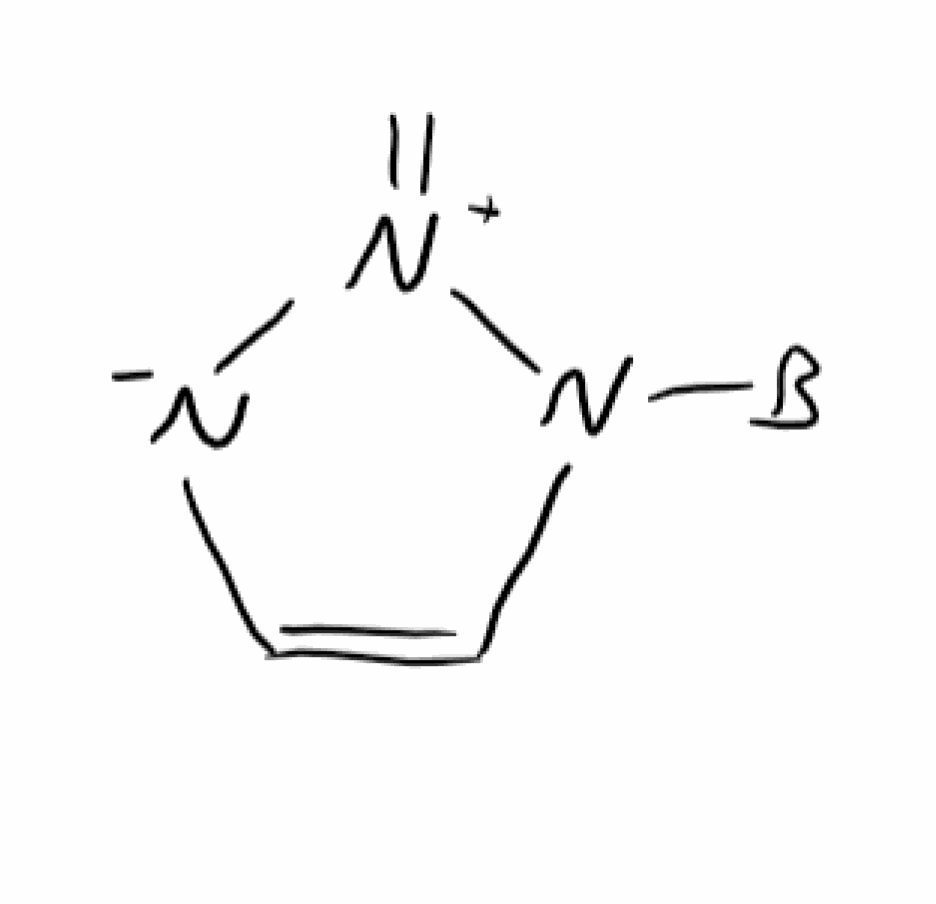
Simplified molecular-input line-entry system (SMILES) notation of the given molecule:
[B]N1C=C[N-][N+]1=C